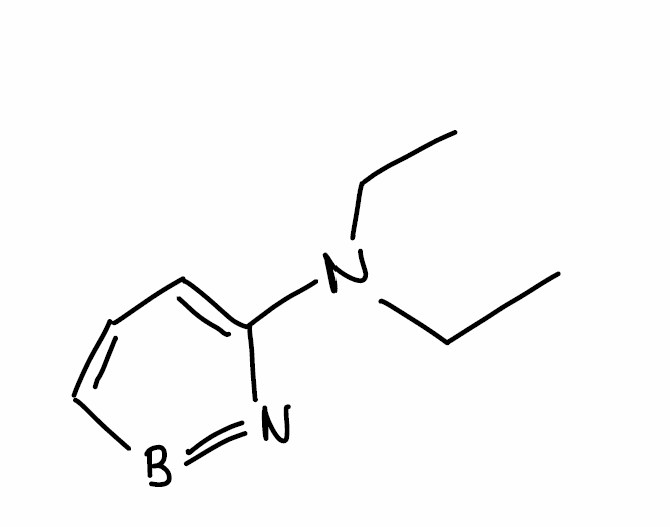
Simplified molecular-input line-entry system (SMILES) notation of the given molecule:
B1=NC(=CC=C1)N(CC)CC